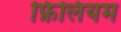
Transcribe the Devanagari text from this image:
फ़िलियम